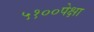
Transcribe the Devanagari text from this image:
५१००पेक्षा